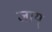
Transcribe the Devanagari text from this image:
जाय्